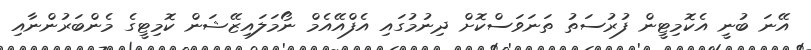
އޭނަ ބުނީ އެކޮމިޓީން ފުރުސަތު ތަނަވަސްކޮށް ދިނުމުގައި އެފްއޭއެމް ނޯމަލައިޒޭޝަން ކޮމިޓީގެ މެންބަރުންނާއި